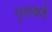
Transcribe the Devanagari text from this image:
मृगाकडे